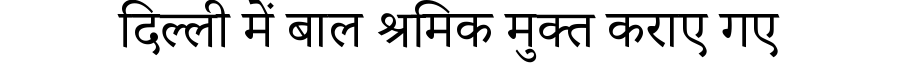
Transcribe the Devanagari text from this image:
दिल्ली में बाल श्रमिक मुक्त कराए गए